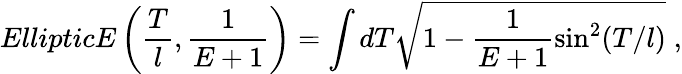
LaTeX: EllipticE\left(\frac{T}{l},\frac{1}{E+1}\right)=\int dT\sqrt{1-\frac{1}{E+1}\sin^{2}(T/l)}\; ,